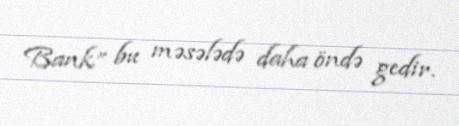
Bank” bu məsələdə daha öndə gedir.